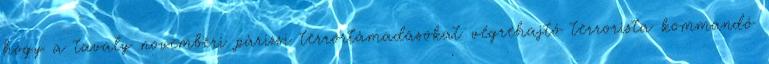
hogy a tavaly novemberi párizsi terrortámadásokat végrehajtó terrorista kommandó